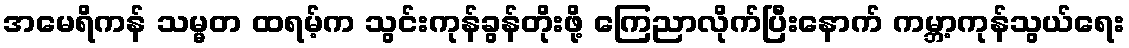
အမေရိကန် သမ္မတ ထရမ့်က သွင်းကုန်ခွန်တိုးဖို့ ကြေညာလိုက်ပြီးနောက် ကမ္ဘာ့ကုန်သွယ်ရေး